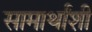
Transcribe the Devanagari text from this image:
सामार्थांशी